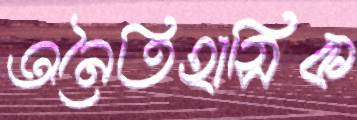
অনৈতিহাসিক